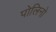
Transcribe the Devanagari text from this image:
पोलिनो